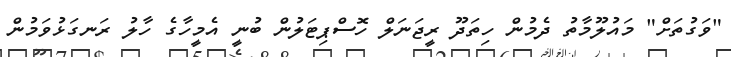
"ވަގުތަށް" މައުލޫމާތު ދެމުން ހިތަދޫ ރީޖަނަލް ހޮސްޕިޓަލުން ބުނީ އެމީހާގެ ހާލު ރަނގަޅުވަމުން